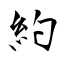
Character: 約